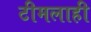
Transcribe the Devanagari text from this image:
टीमलाही